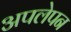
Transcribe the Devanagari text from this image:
अपलेपन